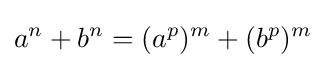
a^{n}+b^{n}=(a^{p})^{m}+(b^{p})^{m}